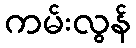
ကမ်းလွန်